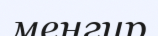
менгир